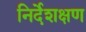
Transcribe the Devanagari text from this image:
निर्देशक्षण